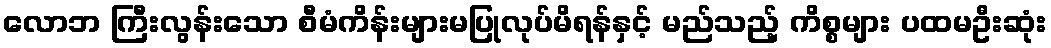
လောဘ ကြီးလွန်းသော စီမံကိန်းများမပြုလုပ်မိရန်နှင့် မည်သည့် ကိစ္စများ ပထမဦးဆုံး